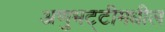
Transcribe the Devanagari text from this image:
अणुभट्टीमधील